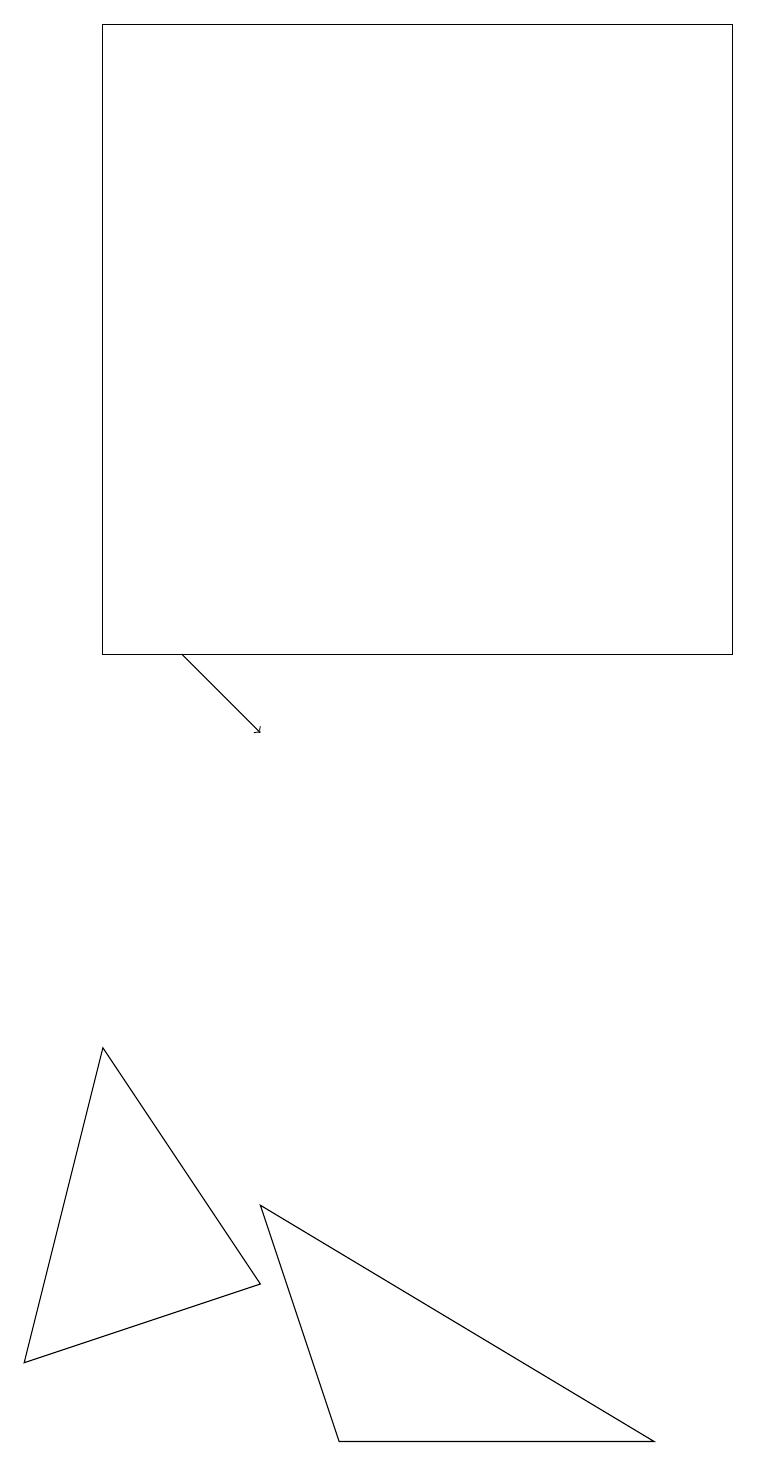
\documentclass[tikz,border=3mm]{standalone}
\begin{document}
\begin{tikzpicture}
\draw (0,2) -- (1,6) -- (3,3) -- cycle;
\draw (1,19) rectangle (9,11);
\draw (3,4) -- (4,1) -- (8,1) -- cycle;
\draw[->] (2,11) -- (3,10);
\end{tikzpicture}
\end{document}